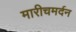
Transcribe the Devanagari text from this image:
मारीचमर्दन